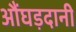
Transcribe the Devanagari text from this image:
औंघड़दानी